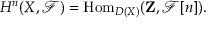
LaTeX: H ^ { n } ( X , { \mathcal { F } } ) = \operatorname { H o m } _ { D ( X ) } ( \mathbf { Z } , { \mathcal { F } } [ n ] ) .